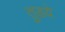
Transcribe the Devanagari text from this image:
तुडये